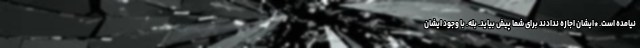
نیامده است. *ایشان اجازه ندادند برای شما پیش بیاید. بله. با وجود ایشان